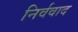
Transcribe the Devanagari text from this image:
निर्ववाद